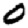
Digit: 0